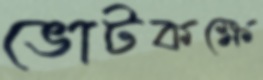
ভোটকক্ষে